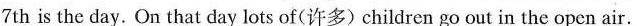
7th is the day. On that day lots of(许多)children go out in the open air.